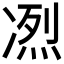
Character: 𠗹